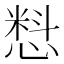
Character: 𰒄